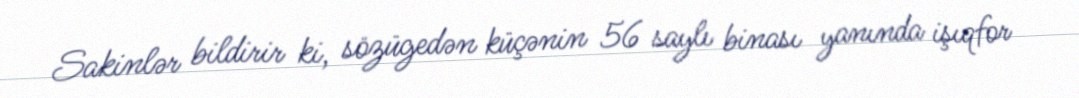
Sakinlər bildirir ki, sözügedən küçənin 56 saylı binası yanında işıqfor